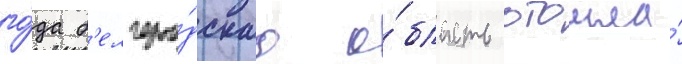
го́да б'елгоро́дскаа о́бласть отошла́